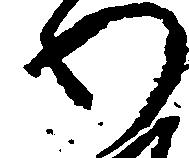
わ